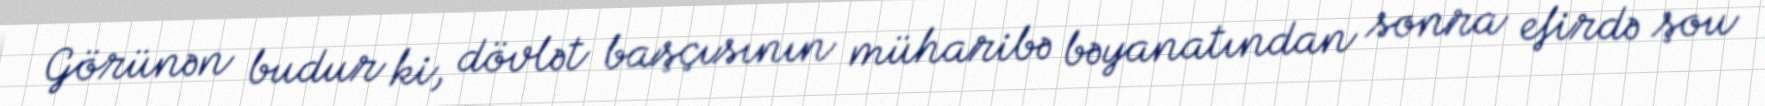
Görünən budur ki, dövlət başçısının müharibə bəyanatından sonra efirdə şou